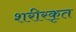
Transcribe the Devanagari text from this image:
शरीरकृत